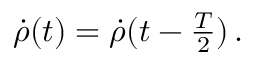
\begin{array} { r } { \dot { \rho } ( t ) = \dot { \rho } ( t - \frac { T } { 2 } ) \, . } \end{array}